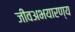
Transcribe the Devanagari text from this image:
जीवअभयारण्य